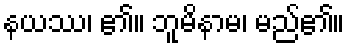
နယဿ၊ ၏။ ဘူမိနာမ၊ မည်၏။